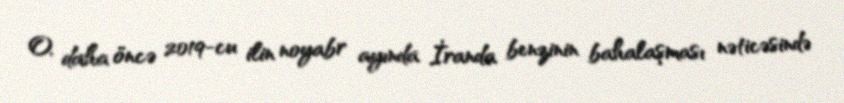
O, daha öncə 2019-cu ilin noyabr ayında İranda benzinin bahalaşması nəticəsində